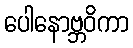
ပေါနောဗ္ဘဝိကာ